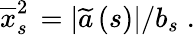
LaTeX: \overline{{x}}_{s\, }^{2}=\left\vert\widetilde{a}\left(s\right)\right\vert/b_{s}\; .